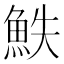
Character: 䱃